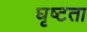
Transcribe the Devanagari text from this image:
घृष्टता